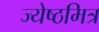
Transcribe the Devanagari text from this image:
ज्येष्ठमित्र